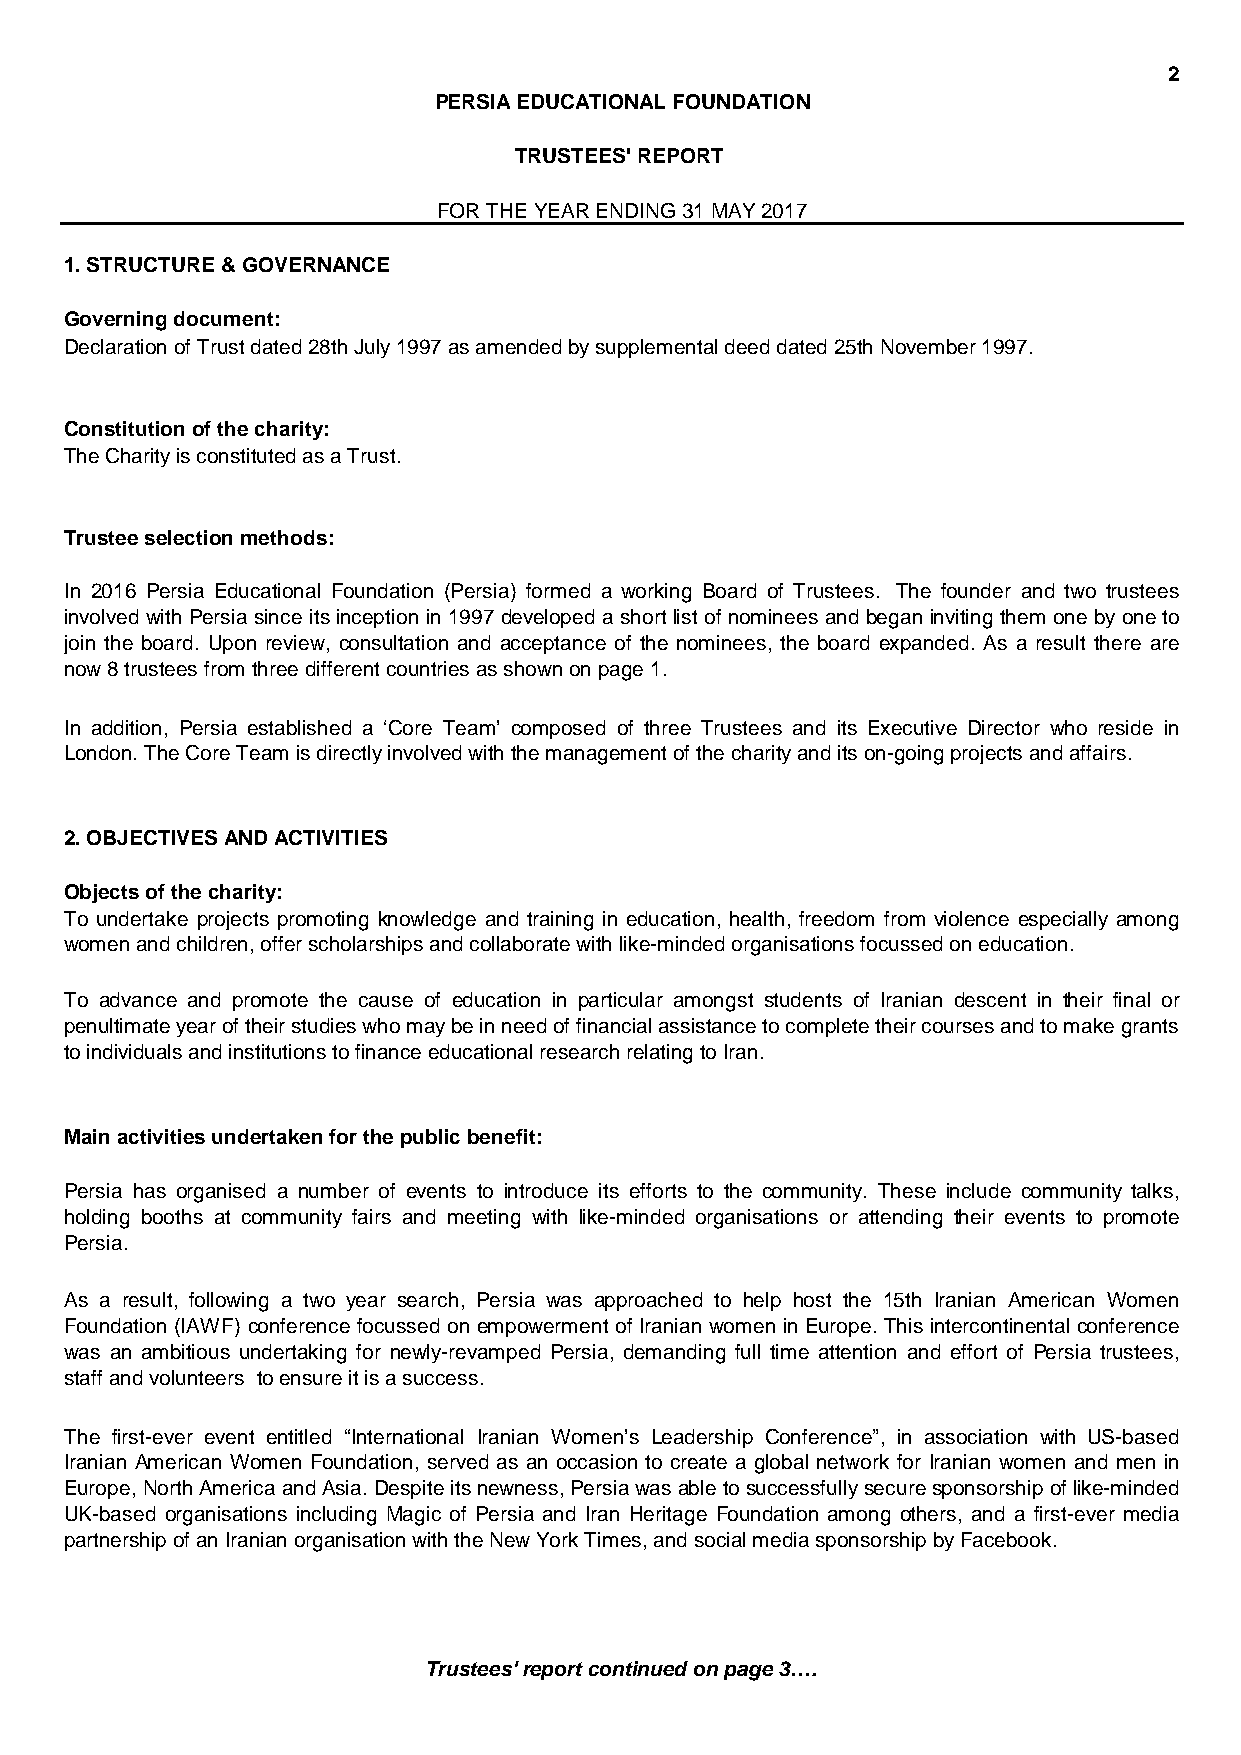
2
 PERSIA EDUCATIONAL FOUNDATION
 TRUSTEES' REPORT
 FOR THE YEAR ENDING 31 MAY 2017
 1. STRUCTURE & GOVERNANCE
 Governing document:
 Declaration of Trust dated 28th July 1997 as amended by supplemental deed dated 25th November 1997.
 Constitution of the charity:
 The Charity is constituted as a Trust.
 Trustee selection methods:
 In 2016 Persia Educational Foundation (Persia) formed a working Board of Trustees. The founder and two trustees
 involved with Persia since its inception in1997 developeda shortlist of nominees andbegan invitingthem onebyoneto
 join the board. Upon review, consultation and acceptance of the nominees, the board expanded. As a result there are
 now 8 trustees from three different countries as shown on page 1.
 In addition, Persia established a ‘Core Team’ composed of three Trustees and its Executive Director who reside in
 London. The Core Team is directly involved with the management of the charity and its on-going projects and affairs.
 2. OBJECTIVES AND ACTIVITIES
 Objects of the charity:
 To undertake projects promoting knowledge and training in education, health, freedom from violence especially among
 women and children, offer scholarships and collaborate with like-minded organisations focussed on education.
 To advance and promote the cause of education in particular amongst students of Iranian descent in their final or
 penultimate year of their studies who may be in need of financial assistance to complete their courses and to make grants
 to individuals and institutions to finance educational research relating to Iran.
 Main activities undertaken for the public benefit:
 Persia has organised a number of events to introduce its efforts to the community. These include community talks,
 holding booths at community fairs and meeting with like-minded organisations or attending their events to promote
 Persia.
 As a result, following a two year search, Persia was approached to help host the 15th Iranian American Women
 Foundation (IAWF) conference focussed on empowerment of Iranian women in Europe.This intercontinentalconference
 was an ambitious undertaking for newly-revamped Persia, demanding full time attention and effort of Persia trustees,
 staff and volunteers to ensure it is a success.
 The first-ever event entitled “International Iranian Women’s Leadership Conference”, in association with US-based
 Iranian American Women Foundation, served as an occasion to create a global network for Iranian women and men in
 Europe,NorthAmericaandAsia.Despiteitsnewness,Persiawasabletosuccessfullysecuresponsorshipoflike-minded
 UK-based organisations including Magic of Persia and Iran Heritage Foundation among others, and a first-ever media
 partnership of an Iranian organisation with the New York Times, and social media sponsorship by Facebook.
 Trustees' report continued on page 3….